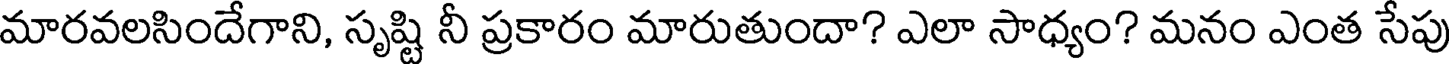
మారవలసిందేగాని, సృష్టి నీ ప్రకారం మారుతుందా? ఎలా సాధ్యం? మనం ఎంత సేపు